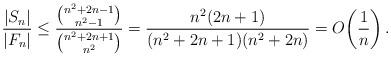
LaTeX: \begin{align*}\frac{|S_n|}{|F_n|}\leq \frac{\binom{n^2+2n-1}{n^2-1}}{\binom{n^2+2n+1}{n^2}}=\frac{n^2(2n+1)}{(n^2+2n+1)(n^2+2n)}= O\bigg(\frac{1}{n}\bigg)\, .\end{align*}